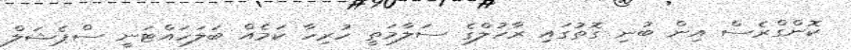
ކޮންގްރެސް އިން ބުނި ގޮތުގައި ރާހުލްގެ ސަލާމަތީ ހުރިހާ ކަމެއް ބަލަހައްޓަނީ ސްޕެޝަލް